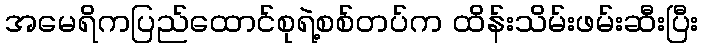
အမေရိကပြည်ထောင်စုရဲ့စစ်တပ်က ထိန်းသိမ်းဖမ်းဆီးပြီး